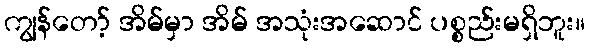
ကျွန်တော့် အိမ်မှာ အိမ် အသုံးအဆောင် ပစ္စည်းမရှိဘူး။